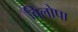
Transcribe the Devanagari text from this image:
बिलोपा